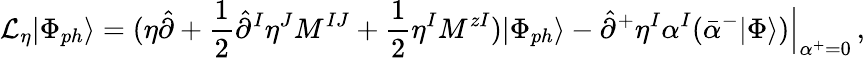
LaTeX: {\cal L}_{\eta}|\Phi_{ph}\rangle=(\eta\hat{\partial}+\frac{1}{2}\hat{\partial}^{I}\eta^{J}M^{IJ}+\frac{1}{2}\eta^{I}M^{zI})|\Phi_{ph}\rangle-\hat{\partial}^{+}\eta^{I}\alpha^{I}(\bar{\alpha}^{-}|\Phi\rangle)\Bigr|_{\alpha^{+}=0}^{\vphantom{5pt}}\, ,